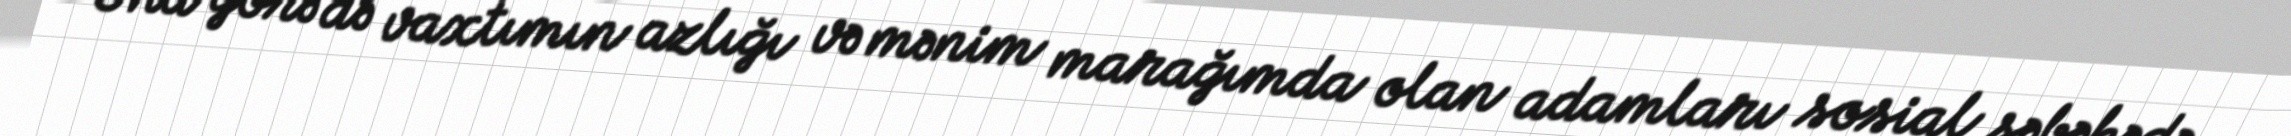
Ona görə də vaxtımın azlığı və mənim marağımda olan adamları sosial şəbəkədə